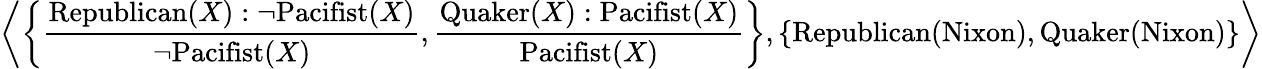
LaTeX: \left\langle\left\{ {\frac{\mathrm{Republican}(X):\neg\mathrm{Pacifist}(X)}{\neg\mathrm{Pacifist}(X)}},{\frac{\mathrm{Quaker}(X):\mathrm{Pacifist}(X)}{\mathrm{Pacifist}(X)}}\right\} ,\left\{ \mathrm{Republican}(\mathrm{Nixon}),\mathrm{Quaker}(\mathrm{Nixon})\right\} \right\rangle